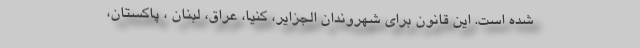
شده است. این قانون برای شهروندان الجزایر، کنیا، عراق، لبنان ، پاکستان،